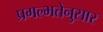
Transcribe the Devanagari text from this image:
प्रगल्भतेनुसार